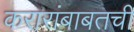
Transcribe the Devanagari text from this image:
करारांबाबतची